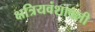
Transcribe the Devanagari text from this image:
क्षत्रियवंशावली